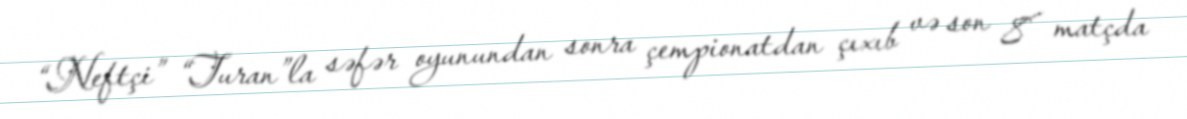
“Neftçi” “Turan”la səfər oyunundan sonra çempionatdan çıxıb və son 8 matçda